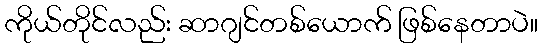
ကိုယ်တိုင်လည်း ဆာဂျင်တစ်ယောက် ဖြစ်နေတာပဲ။